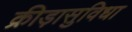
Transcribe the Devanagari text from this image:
क्रीड़ासुविधा